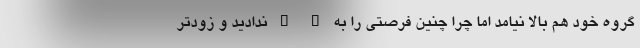
گروه خود هم بالا نیامد اما چرا چنین فرصتی را به " " ندادید و زودتر